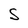
Character: S